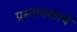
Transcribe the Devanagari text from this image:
प्रस्तावकाचे